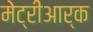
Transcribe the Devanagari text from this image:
मेट्रीआर्क